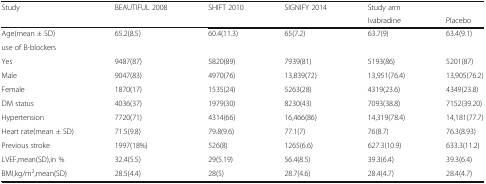
<table><thead><tr><td><b>Study</b></td><td><b>BEAUTIFUL 2008</b></td><td><b>SHIFT 2010</b></td><td><b>SIGNIFY 2014</b></td><td><b>Study arm</b></td><td></td></tr><tr><td></td><td></td><td></td><td></td><td><b>Ivabradine</b></td><td><b>Placebo</b></td></tr></thead><tbody><tr><td>Age(mean ± SD)</td><td>65.2(8.5)</td><td>60.4(11.3)</td><td>65(7.2)</td><td>63.7(9)</td><td>63.4(9.1)</td></tr><tr><td colspan="6">use of B-blockers</td></tr><tr><td>Yes</td><td>9487(87)</td><td>5820(89)</td><td>7939(81)</td><td>5193(86)</td><td>5201(87)</td></tr><tr><td>Male</td><td>9047(83)</td><td>4970(76)</td><td>13,839(72)</td><td>13,951(76.4)</td><td>13,905(76.2)</td></tr><tr><td>Female</td><td>1870(17)</td><td>1535(24)</td><td>5263(28)</td><td>4319(23.6)</td><td>4349(23.8)</td></tr><tr><td>DM status</td><td>4036(37)</td><td>1979(30)</td><td>8230(43)</td><td>7093(38.8)</td><td>7152(39.20)</td></tr><tr><td>Hypertension</td><td>7720(71)</td><td>4314(66)</td><td>16,466(86)</td><td>14,319(78.4)</td><td>14,181(77.7)</td></tr><tr><td>Heart rate(mean ± SD)</td><td>71.5(9.8)</td><td>79.8(9.6)</td><td>77.1(7)</td><td>76(8.7)</td><td>76.3(8.93)</td></tr><tr><td>Previous stroke</td><td>1997(18%)</td><td>526(8)</td><td>1265(6.6)</td><td>627.3(10.9)</td><td>633.3(11.2)</td></tr><tr><td>LVEF,mean(SD),in %</td><td>32.4(5.5)</td><td>29(5.19)</td><td>56.4(8.5)</td><td>39.3(6.4)</td><td>39.3(6.4)</td></tr><tr><td>BMI,kg/m<sup>2</sup>,mean(SD)</td><td>28.5(4.4)</td><td>28(5)</td><td>28.7(4.6)</td><td>28.4(4.7)</td><td>28.4(4.7)</td></tr></tbody></table>